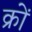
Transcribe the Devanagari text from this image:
क्रों